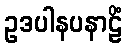
ဥဒပါနပနာဠိံ